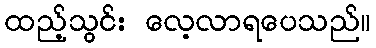
ထည့်သွင်း လေ့လာရပေသည်။